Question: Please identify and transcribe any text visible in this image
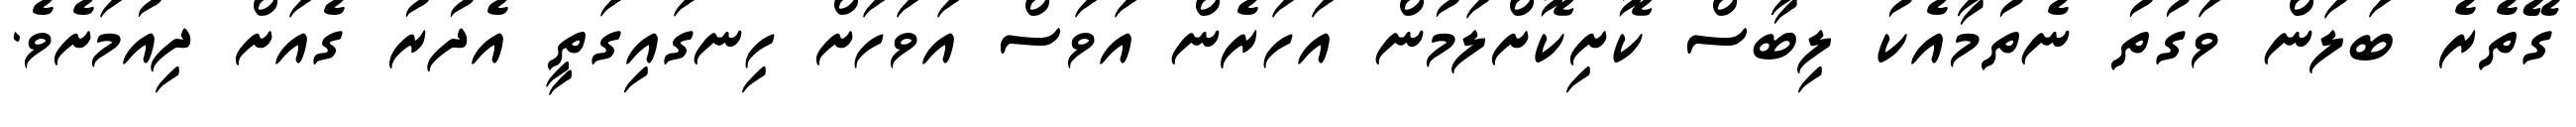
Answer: ގޭތެރެ ބަލަން ވަގުތު ނެތުމާއެކު ލިބާސް ކޮށިކޮށްލަމުން އަހަރެން އަވަސް އަވަހަށް ހިނގައިގަތީ އެދުރު ގެއަށް ދިއުމަށެވެ.